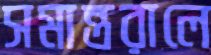
সমান্তরালে